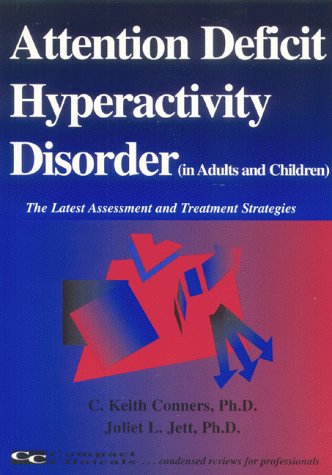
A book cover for Attention Deficit Hyperactivity Disorder (The Latest Assessment and Treatment Strategies); C. Keith Conners; Parenting & Relationships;